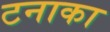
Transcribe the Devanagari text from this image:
टनाका